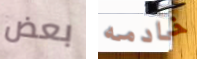
بعض خادمه